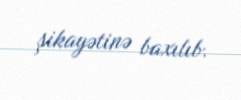
şikayətinə baxılıb.